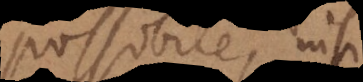
possibile, nisi